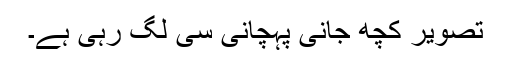
تصویر کچھ جانی پہچانی سی لگ رہی ہے۔